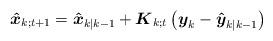
LaTeX: \begin{align*}{{\boldsymbol{\hat x}}_{k;t + 1}} = {{\boldsymbol{\hat x}}_{k|k - 1}} + {{\boldsymbol{K}}_{k;t}}\left( {{{\boldsymbol{y}}_k} - {{{\boldsymbol{\hat y}}}_{k|k - 1}}} \right)\end{align*}